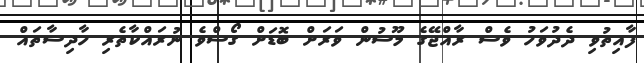
ފާއިތުވި ދެދުވަހު ވެސް ރާއްޖޭގެ މޫސުން ވަރަށް ބޮޑަށް ގޯސްވެ ނުރައްކާތެރި ހާދިސާތައް